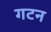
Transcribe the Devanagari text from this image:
गटन